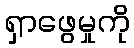
ရှာဖွေမှုကို